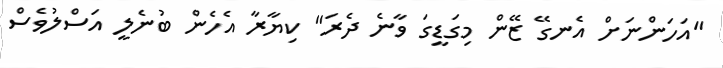
"އަހަންނަށް އެނގޭ ޒޭން މިގަޑީގަ ވާނެ ދެރަ" ކިޔާރާ އެހެން ބުނެލީ އަސްލުވެސް